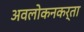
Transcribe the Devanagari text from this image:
अवलोकनकर्ता